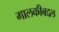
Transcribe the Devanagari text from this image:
मालकीबद्दल